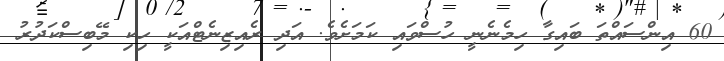
60 އިންސައްތަ ބައިގާ ހިމެނެނީ ހުސްވައި ކަމަށެވެ. އަދި ރެއިޒިނެޓްއަކީ ހިކި މޭބިސްކަދުރު